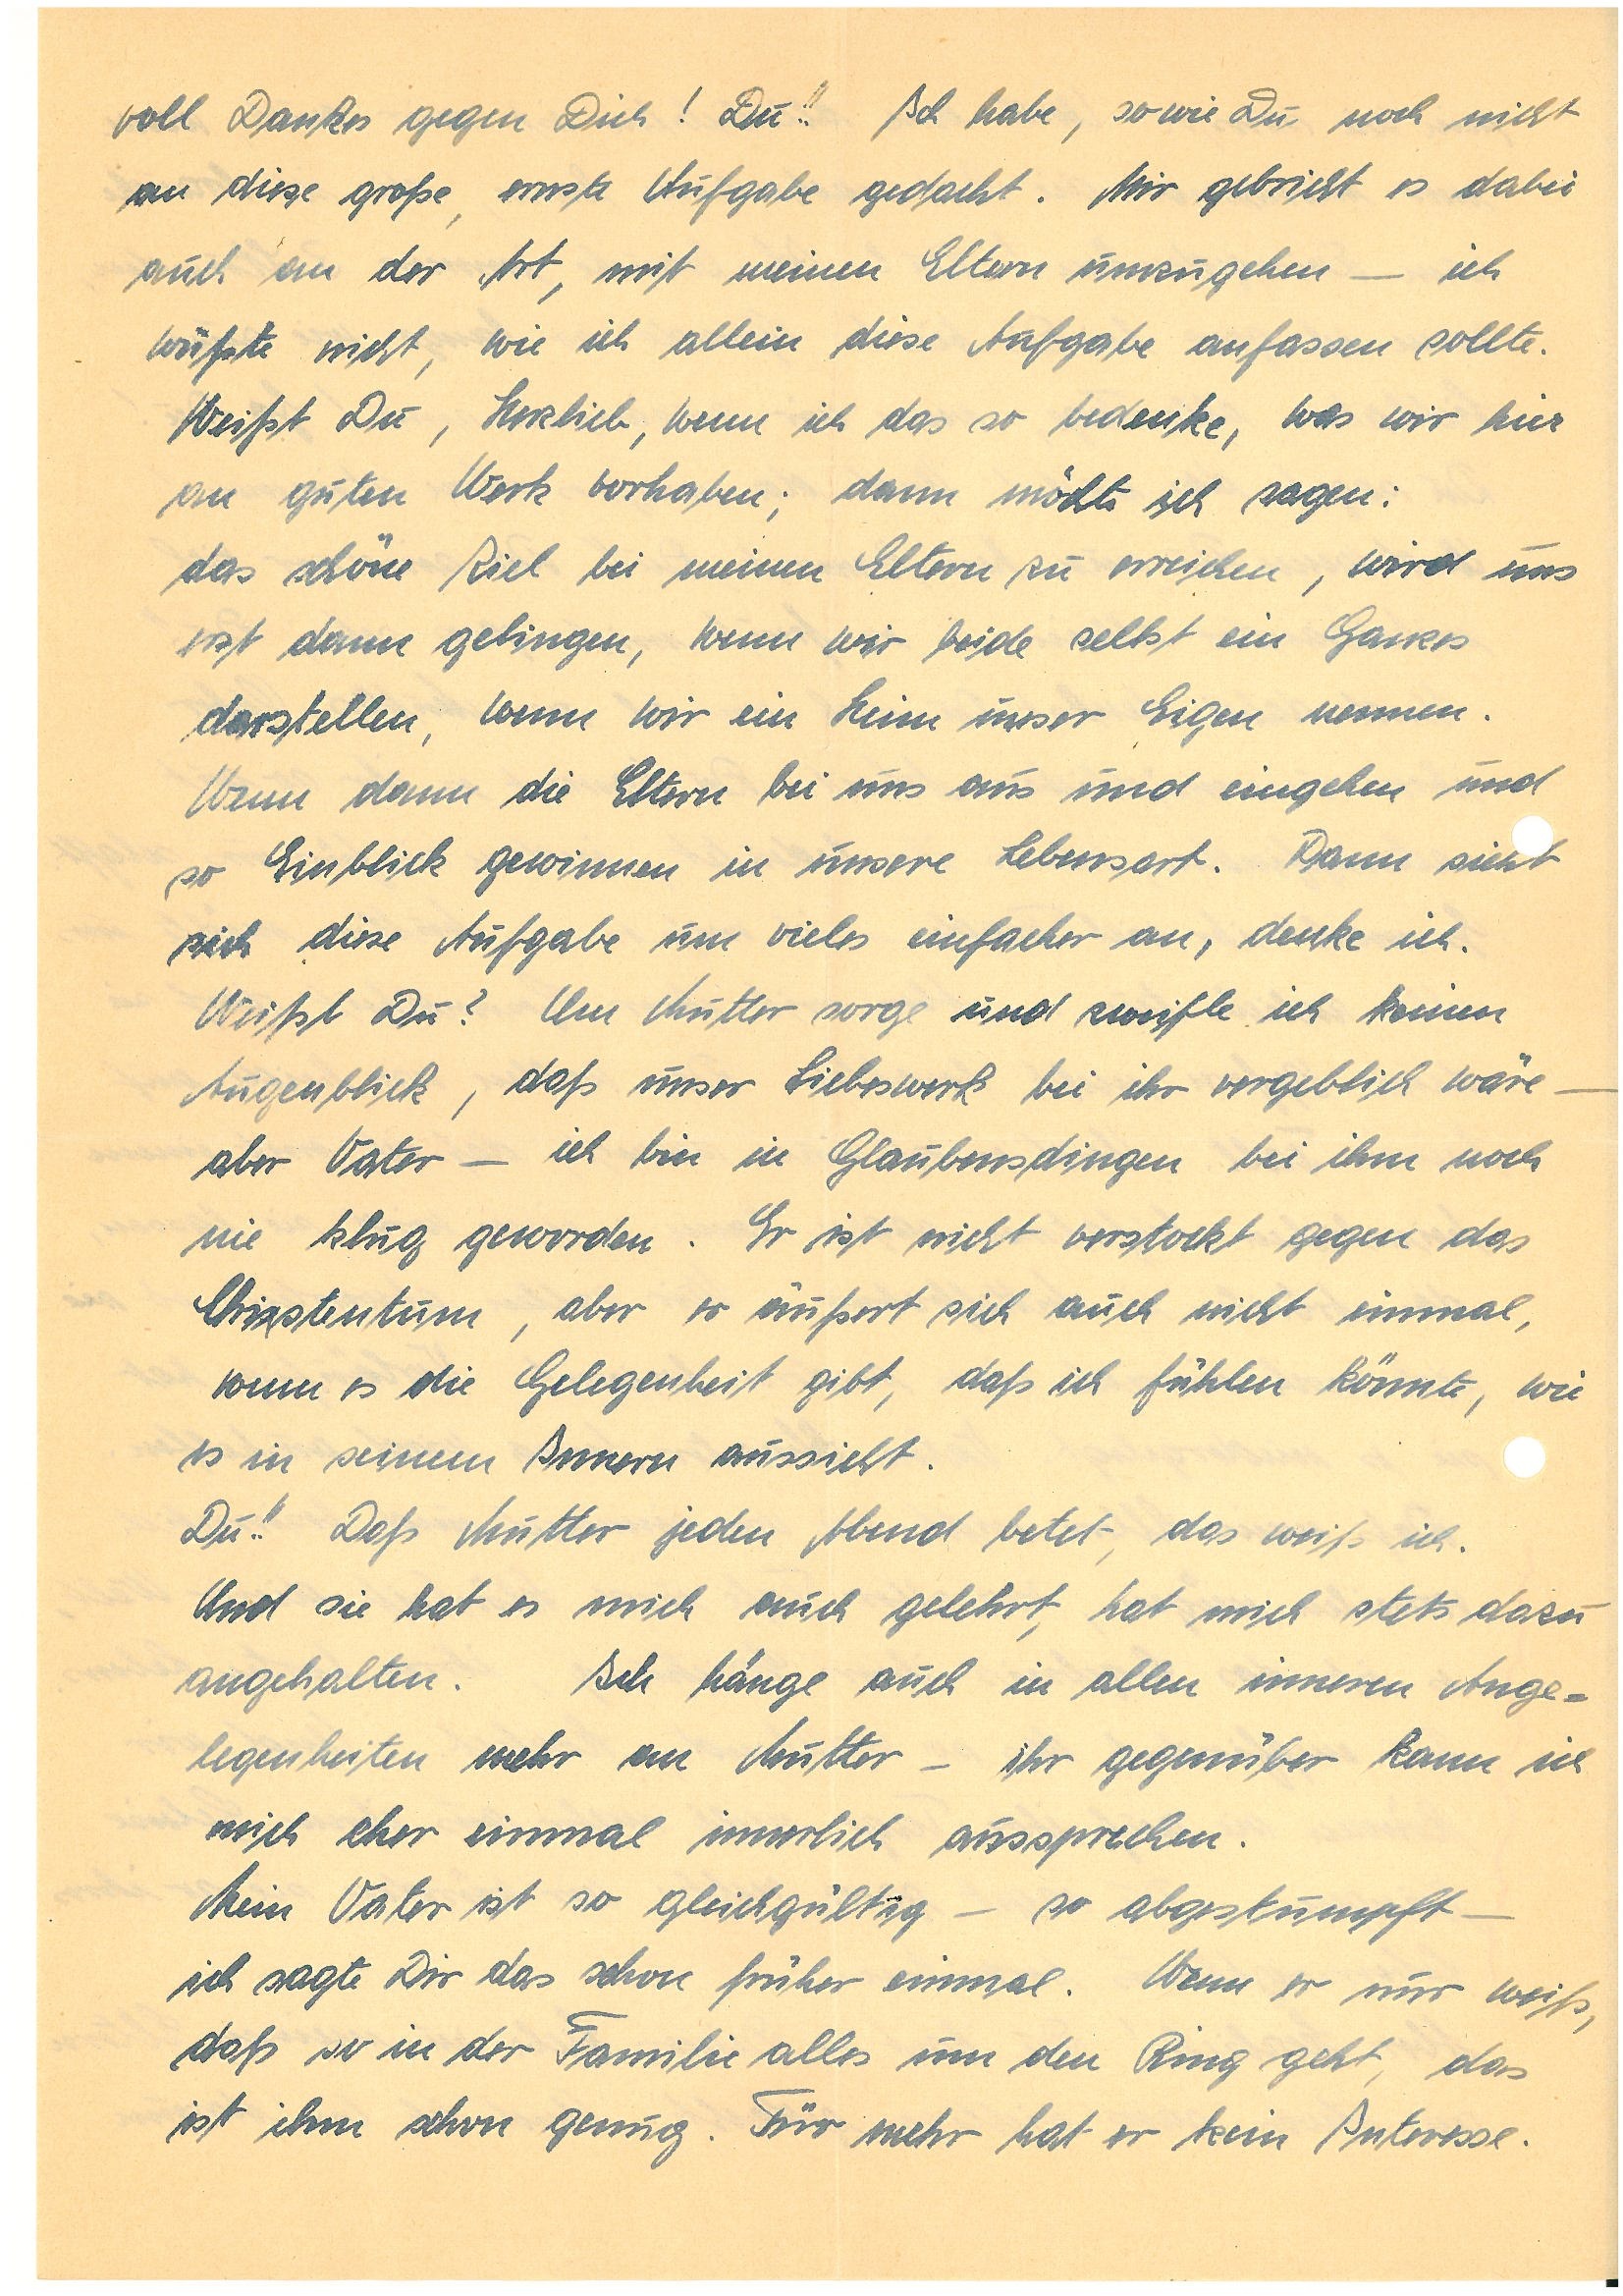
voll Dankes gegen Dich! Du!! Ich habe, so wie Du, noch nicht
an diese große, ernste Aufgabe gedacht. Mir gebricht es dabei
auch an der Art, mit meinen Eltern umzugehen – ich
wüßte nicht, wie ich allein diese Aufgabe anfassen sollte.
Weißt, Du, Herzlieb, wenn ich das so bedenke, was wir hier
an guten Werk vorhaben; dann möchte ich sagen:
das schöne Ziel bei meinen Eltern zu erreichen, wird uns
erst dann gelingen, wenn wir beide selbst ein Ganzes
darstellen, wenn wir ein Heim unser Eigen nennen.
Wenn dann die Eltern bei uns aus und eingehen und
so Einblick gewinnen in unsere Lebensart. Dann sieht sich
diese Aufgabe um vieles einfacher an, denke ich.
Weißt Du? Um Mutter sorge und zweifle ich keinen
Augenblick, daß unser Liebeswerk bei ihr vergeblich wäre –
aber Vater – ich bin in Glaubensdingen bei ihm noch
nie klug geworden. Er ist nicht verstockt gegen das
Christentum, aber er äußert sich auch nicht einmal,
wenn es die Gelegenheit gibt, daß ich fühlen könnte, wie
es in seinem Inneren aussieht.
Du!! Daß Mutter jeden Abend betet, das weiß ich.
Und sie hat es mich auch gelehrt, hat mich stets dazu
angehalten. Ich hänge auch in allen inneren Ange¬
legenheiten mehr an Mutter – ihr gegenüber kann ich
mich eher einmal innerlich aussprechen.
Mein Vater ist so gleichgültig – so abgestumpft –
ich sagte Dir das schon früher einmal. Wenn er nur weiß,
daß so in der Familie alles um den Ring geht, das
ist ihm schon genug. Für mehr hat er kein Interesse.